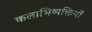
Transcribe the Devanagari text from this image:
कलाभिव्यक्तियों